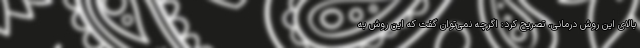
بالای این روش درمانی، تصریح کرد: اگرچه نمی‌توان گفت که این روش به